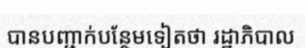
បានបញ្ជាក់បន្ថែមទៀតថា រដ្ឋាភិបាល